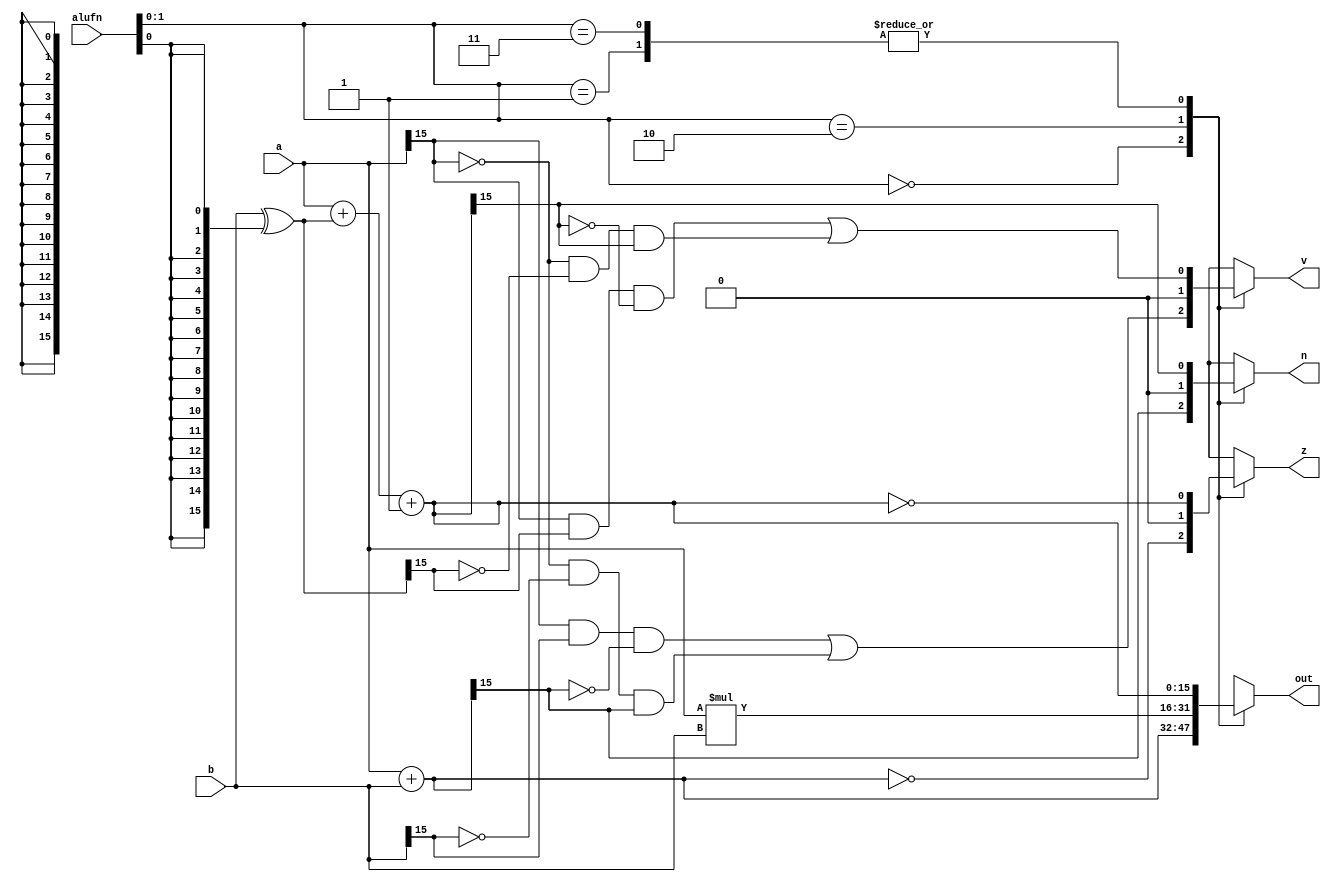
module add16_5 (
    input [15:0] a,
    input [15:0] b,
    input [5:0] alufn,
    output reg [15:0] out,
    output reg z,
    output reg v,
    output reg n
  );
  
  
  
  reg [15:0] tmpout;
  
  reg [15:0] tmpb;
  
  always @* begin
    z = 1'h0;
    v = 1'h0;
    n = 1'h0;
    
    case (alufn[0+1-:2])
      2'h0: begin
        tmpout = a + b;
        z = (tmpout == 16'h0000);
        v = ((a[15+0-:1] & b[15+0-:1] & !tmpout[15+0-:1]) | (!a[15+0-:1] & !b[15+0-:1] & tmpout[15+0-:1]));
        n = tmpout[15+0-:1];
      end
      2'h1: begin
        tmpb = b ^ {5'h10{alufn[0+0-:1]}};
        tmpout = a + tmpb + 1'h1;
        z = (tmpout == 16'h0000);
        v = ((a[15+0-:1] & tmpb[15+0-:1] & !tmpout[15+0-:1]) | (!a[15+0-:1] & !tmpb[15+0-:1] & tmpout[15+0-:1]));
        n = tmpout[15+0-:1];
      end
      2'h2: begin
        tmpout = a * b;
      end
      2'h3: begin
        tmpb = b ^ {5'h10{alufn[0+0-:1]}};
        tmpout = a + tmpb + 1'h1;
        z = (tmpout == 16'h0000);
        v = ((a[15+0-:1] & tmpb[15+0-:1] & !tmpout[15+0-:1]) | (!a[15+0-:1] & !tmpb[15+0-:1] & tmpout[15+0-:1]));
        n = tmpout[15+0-:1];
      end
      default: begin
        tmpout = 1'h0;
      end
    endcase
    out = tmpout;
  end
endmodule